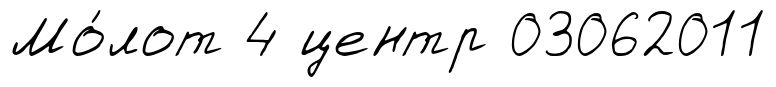
Мо́лот 4 центр 03062011